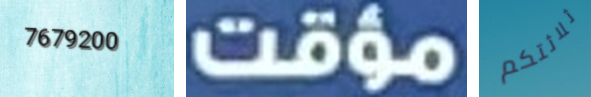
7679200 مؤقت ثلاثتكم